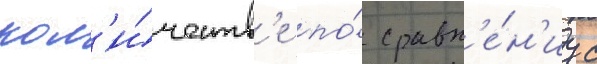
кол'и́честв'е по́ сравн'е́н'иу с